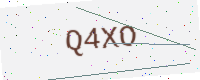
Text: Q4XO